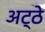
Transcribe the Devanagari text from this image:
अट्ठे